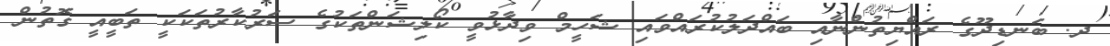
ދ. ބަނޑިދޫގެ ރައްޔިތުންނާއި ބައްދަލުކުރައްވައި ޝަހީމް ވިދާޅުވީ ކޯލިޝަންތަކުގެ ސަރުކާރުތަކަކީ ތަބީއީ ގޮތުން